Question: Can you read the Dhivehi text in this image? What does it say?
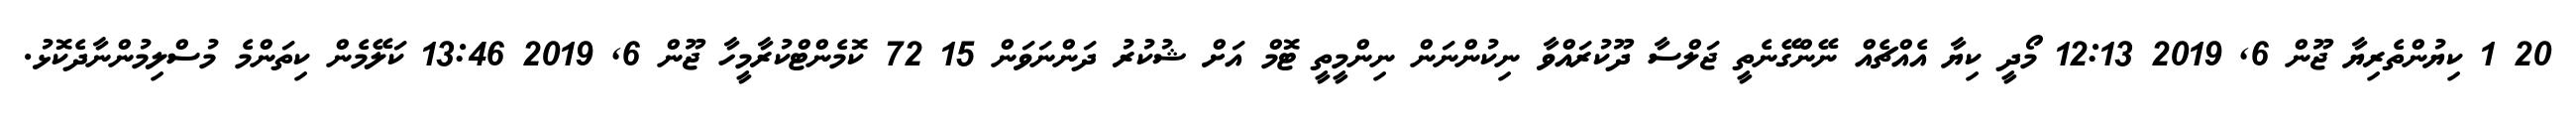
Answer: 20 1 ކިޔުންތެރިޔާ ޖޫން 6, 2019 12:13 މޯދީ ކިޔާ އެއްޗެއް ނޭންގޭނެތީ ޖަލްސާ ދޫކުރައްވާ ނިކުންނަން ނިންމީތީ ޓޮމް އަށް ޝުކުރު ދަންނަވަން 15 72 ކޮމެންޓްކުރާމީހާ ޖޫން 6, 2019 13:46 ކަލޭމެން ކިތަންމެ މުސްލިމުންނާދެކޮޅު.